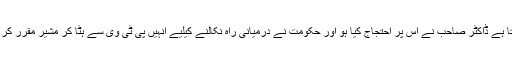
ہو سکتا ہے ڈاکٹر صاحب نے اس پر احتجاج کیا ہو اور حکومت نے درمیانی راہ نکالنے کیلیے انہیں پی ٹی وی سے ہٹا کر مشیر مقرر کر دیا ہو۔